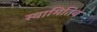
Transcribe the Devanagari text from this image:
स्वामितिव